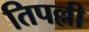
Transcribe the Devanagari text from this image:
तिपल्ली